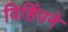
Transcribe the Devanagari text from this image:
विहिंपने